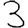
Digit: 3